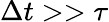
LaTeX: \Delta t>>\tau